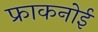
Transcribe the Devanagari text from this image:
फ्राकनोई